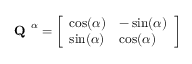
\textbf { Q } ^ { \alpha } = \left[ \begin{array} { l l } { \cos ( \alpha ) } & { - \sin ( \alpha ) } \\ { \sin ( \alpha ) } & { \cos ( \alpha ) } \end{array} \right]